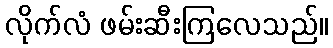
လိုက်လံ ဖမ်းဆီးကြလေသည်။